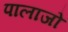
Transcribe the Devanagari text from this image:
पालाजो